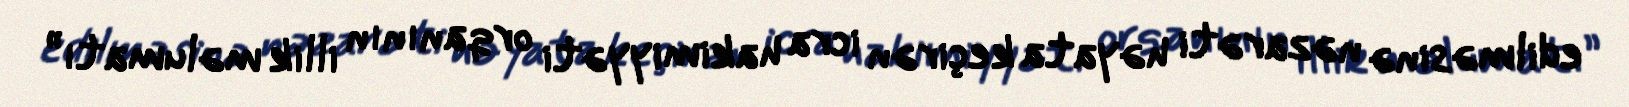
edilməsinə nəzarəti həyata keçirən icra hakimiyyəti orqanının illik məlumatı”